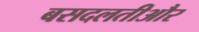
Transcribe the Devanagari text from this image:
बसदलतीऔर